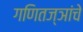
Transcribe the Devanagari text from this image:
गणितज्ञांचे